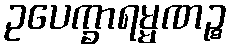
ဥပေက္ခာရမ္မဏဉ္စ